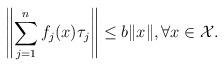
LaTeX: \begin{align*}\left\|\sum_{j=1}^{n}f_j(x)\tau_j\right\|\leq b\|x\|, \forall x \in \mathcal{X}.\end{align*}